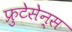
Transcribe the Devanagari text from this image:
फ्रुटेसेन्स